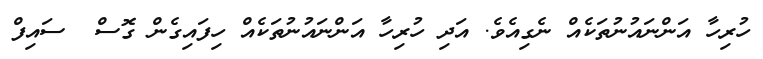
ހުރިހާ އަންނައުނުތަކެއް ނެގިއެވެ. އަދި ހުރިހާ އަންނައުނުތަކެއް ހިފައިގެން ގޮސް  ސައިފް